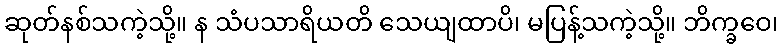
ဆုတ်နစ်သကဲ့သို့။ န သံပသာရိယတိ သေယျထာပိ၊ မပြန့်သကဲ့သို့။ ဘိက္ခဝေ၊